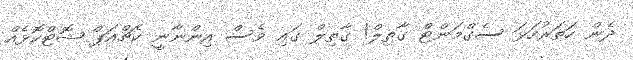
ދެން ހަތަރުހަޅަ ސެގްމަންޓް ގާތިލް! ގާތިލް ގައި ވެސް އިންނާނީ ކެޗްއަޕް ޝޮޓްކޮޅެއް